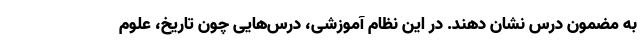
به مضمون درس نشان دهند. در این نظام آموزشی، درس‌هایی چون تاریخ، علوم